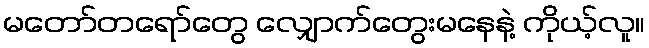
မတော်တရော်တွေ လျှောက်တွေးမနေနဲ့ ကိုယ့်လူ။